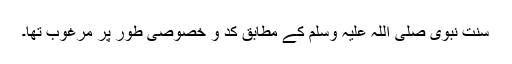
سُنّتِ نبوی صلی اللہ علیہ وسلم کے مطابق کدّ و خصوصی طور پر مرغوب تھا۔